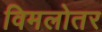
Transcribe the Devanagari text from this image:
विमलोतर